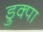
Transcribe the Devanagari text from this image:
ड्रुक्पा